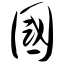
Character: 国